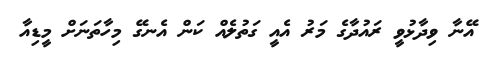
އޭނާ ވިދާޅުވީ ރައުދާގެ މަރު އެއީ ގަތުލެއް ކަން އެނގޭ މިހާތަނަށް މީޑިއާ